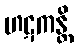
ဟဋကန္တိ